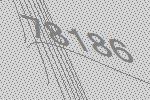
78186